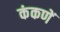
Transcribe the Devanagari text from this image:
कंकणें